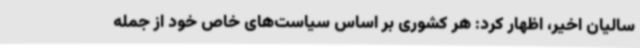
سالیان اخیر، اظهار کرد: هر کشوری بر اساس سیاست‌های خاص خود از جمله